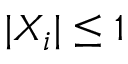
| X _ { i } | \leq 1